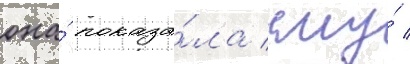
она́ показа́ла ему́ /